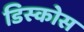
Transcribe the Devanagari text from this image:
डिस्कोस